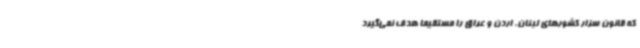
که قانون سزار کشورهای لبنان، اردن و عراق را مستقیماً هدف نمی‌گیرد